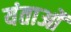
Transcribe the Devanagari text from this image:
यंताओं